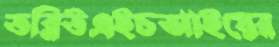
ডব্লিউএইচআইয়ের